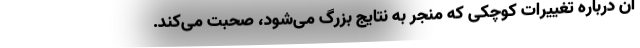
آن درباره تغییرات کوچکی که منجر به نتایج بزرگ می‌شود، صحبت می‌کند.